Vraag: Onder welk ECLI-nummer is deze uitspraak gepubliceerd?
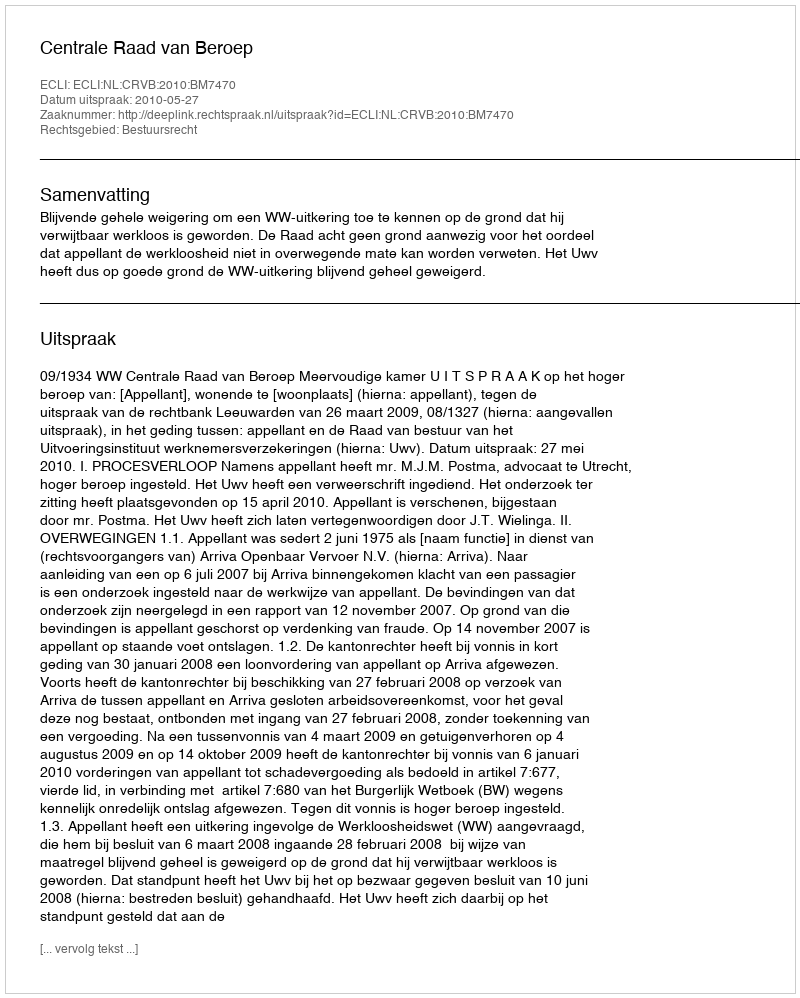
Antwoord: ECLI:NL:CRVB:2010:BM7470